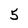
Character: 5